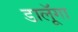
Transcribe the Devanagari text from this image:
डालूॅगा